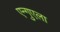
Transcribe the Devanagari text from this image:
एन्गुएला